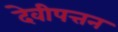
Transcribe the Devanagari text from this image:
देवीपत्तन